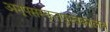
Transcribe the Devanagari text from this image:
अनूपसंस्कृतपुस्तकालय